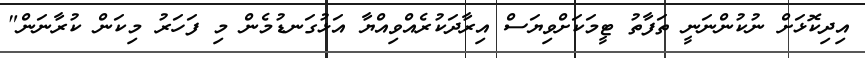
އިދިކޮޅަށް ނުކުންނަނީ ތަފާތު ޓީމަކަށްވިޔަސް އިރާދަކުރެއްވިއްޔާ އަޅުގަނޑުމެން މި ފަހަރު މިކަން ކުރާނަން"